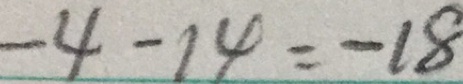
- 4 - 1 4 = - 1 8